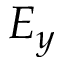
E _ { y }